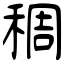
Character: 稠